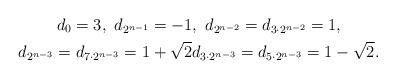
LaTeX: \begin{gather*}d_0=3,\ d_{2^{n-1}}=-1,\ d_{2^{n-2}}=d_{3\cdot2^{n-2}}=1,\\d_{2^{n-3}}=d_{7\cdot2^{n-3}}=1+\sqrt{2} d_{3\cdot2^{n-3}}=d_{5\cdot2^{n-3}}=1-\sqrt{2}.\end{gather*}